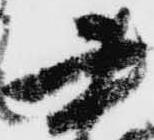
書